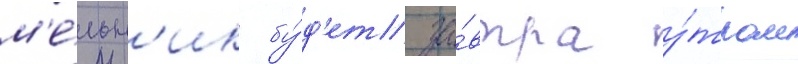
м'е́льн'ик бу́д'ет за́втра у́тром